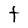
Character: t